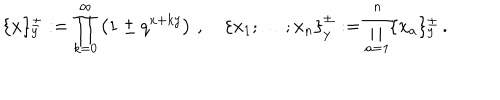
LaTeX: \{ x \} _ { y } ^ { \pm } : = \prod _ { k = 0 } ^ { \infty } \left( 1 \pm q ^ { x + k y } \right) \, , \quad \left\{ x _ { 1 } ; \ldots ; x _ { n } \right\} _ { y } ^ { \pm } : = \prod _ { a = 1 } ^ { n } \{ x _ { a } \} _ { y } ^ { \pm } \, .